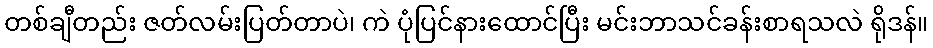
တစ်ချီတည်း ဇတ်လမ်းပြတ်တာပဲ၊ ကဲ ပုံပြင်နားထောင်ပြီး မင်းဘာသင်ခန်းစာရသလဲ ရိုဒန်။